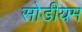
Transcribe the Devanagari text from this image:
सोडीयम